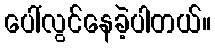
ပေါ်လွင်နေခဲ့ပါတယ်။